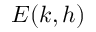
E ( k , h )